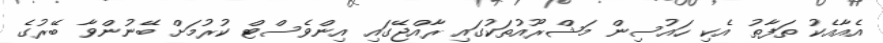
އެއާއެކު ތަފާތު އެކި ހައުސިން މަޝްރޫއުތަކުގައި ރާއްޖޭގައި އިންވެސްޓް ކުރުމަށް ބޭނުންވާ ބޭރުގެ